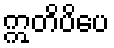
ဣတိပိပေ